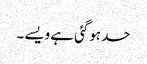
حد ہوگئی ہے ویسے ۔